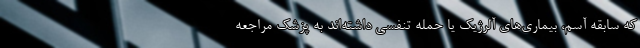
که سابقه آسم، بیماری‌های آلرژیک یا حمله تنفسی داشته‌اند به پزشک مراجعه